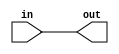
// ========== Copyright Header Begin ==========================================
// 
// OpenSPARC T1 Processor File: fpu_rptr_min_global.v
// Copyright (c) 2006 Sun Microsystems, Inc.  All Rights Reserved.
// DO NOT ALTER OR REMOVE COPYRIGHT NOTICES.
// 
// The above named program is free software; you can redistribute it and/or
// modify it under the terms of the GNU General Public
// License version 2 as published by the Free Software Foundation.
// 
// The above named program is distributed in the hope that it will be 
// useful, but WITHOUT ANY WARRANTY; without even the implied warranty of
// MERCHANTABILITY or FITNESS FOR A PARTICULAR PURPOSE.  See the GNU
// General Public License for more details.
// 
// You should have received a copy of the GNU General Public
// License along with this work; if not, write to the Free Software
// Foundation, Inc., 51 Franklin St, Fifth Floor, Boston, MA 02110-1301, USA.
// 
// ========== Copyright Header End ============================================

// global (bufrpt_grp4 used to buffer rst_l, scan signals) and mintiming buffers in this file 

// fpu_bufrpt_grp4: 4 bit wide to fix max trans time for scan, reset
module fpu_bufrpt_grp4 (
	in,
	out
);
	
	input [3:0] in;
	output [3:0] out;

	assign out[3:0] = in[3:0];

endmodule


// fpu_rptr_fp_cpx_grp16: 16 bit wide vertical MSB top mintiming buffer for fp_cpx*
module fpu_rptr_fp_cpx_grp16 (
	in,
	out
);

	input [15:0] in;
	output [15:0] out;

	assign out[15:0] = in[15:0];

endmodule


// fpu_rptr_pcx_fpio_grp16: 16 bit wide mintming vertical buffer, MSB top, for pcx_fpio*
// use minbuf_5x -> buf_5x -> buf_30x
module fpu_rptr_pcx_fpio_grp16 (
	in,
	out
);

	input [15:0] in;
	output [15:0] out;

	assign out[15:0] = in[15:0];

endmodule

// fpu_rptr_inq: 156 bits wide mintiming buffer for inq_sram din (matched to inq_sram bit order)
module fpu_rptr_inq (
	in,
	out
);
	
	input [155:0] in;
	output [155:0] out;

	assign out[155:0] = in[155:0];

endmodule